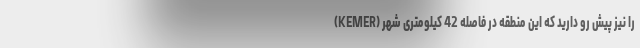
(KEMER) را نیز پیش رو دارید که اين منطقه در فاصله 42 كيلومتری شهر